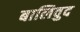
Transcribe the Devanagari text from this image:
बालिवुद